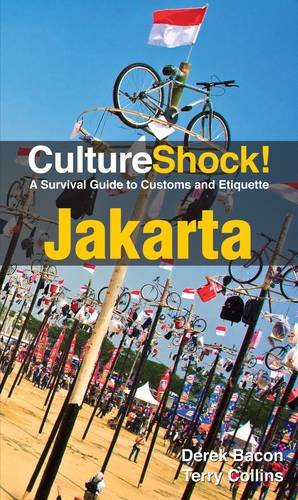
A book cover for CultureShock! Jakarta: A Survival Guide to Customs and Etiquette (Cultureshock Jakarta: A Survival Guide to Customs & Etiquette); Derek Bacon; Travel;